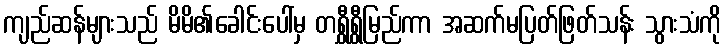
ကျည်ဆန်များသည် မိမိ၏ခေါင်းပေါ်မှ တရွှီရွှီမြည်ကာ အဆက်မပြတ်ဖြတ်သန်း သွားသံကို